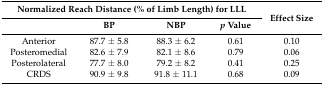
<table><thead><tr><td colspan="4"><b>Normalized Reach Distance (% of Limb Length) for LLL</b></td><td rowspan="2"><b>Effect Size</b></td></tr><tr><td></td><td><b>BP</b></td><td><b>NBP</b></td><td><b><i>p</i> Value</b></td></tr></thead><tbody><tr><td>Anterior</td><td>87.7 ± 5.8</td><td>88.3 ± 6.2</td><td>0.61</td><td>0.10</td></tr><tr><td>Posteromedial</td><td>82.6 ± 7.9</td><td>82.1 ± 8.6</td><td>0.79</td><td>0.06</td></tr><tr><td>Posterolateral</td><td>77.7 ± 8.0</td><td>79.2 ± 8.2</td><td>0.41</td><td>0.25</td></tr><tr><td>CRDS</td><td>90.9 ± 9.8</td><td>91.8 ± 11.1</td><td>0.68</td><td>0.09</td></tr></tbody></table>